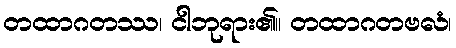
တထာဂတဿ၊ ငါဘုရား၏။ တထာဂတဗလံ၊